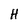
Character: H